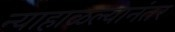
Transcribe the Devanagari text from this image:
न्याहाळल्यानंतर